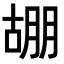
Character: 𭩀